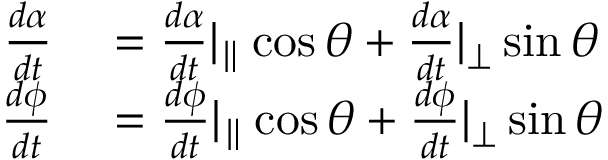
\begin{array} { r l } { \frac { d \alpha } { d t } } & { { } = \frac { d \alpha } { d t } | _ { \parallel } \cos \theta + \frac { d \alpha } { d t } | _ { \perp } \sin \theta } \\ { \frac { d \phi } { d t } } & { { } = \frac { d \phi } { d t } | _ { \parallel } \cos \theta + \frac { d \phi } { d t } | _ { \perp } \sin \theta } \end{array}